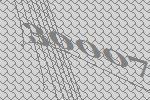
30007